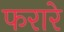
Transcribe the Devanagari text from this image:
फरारे